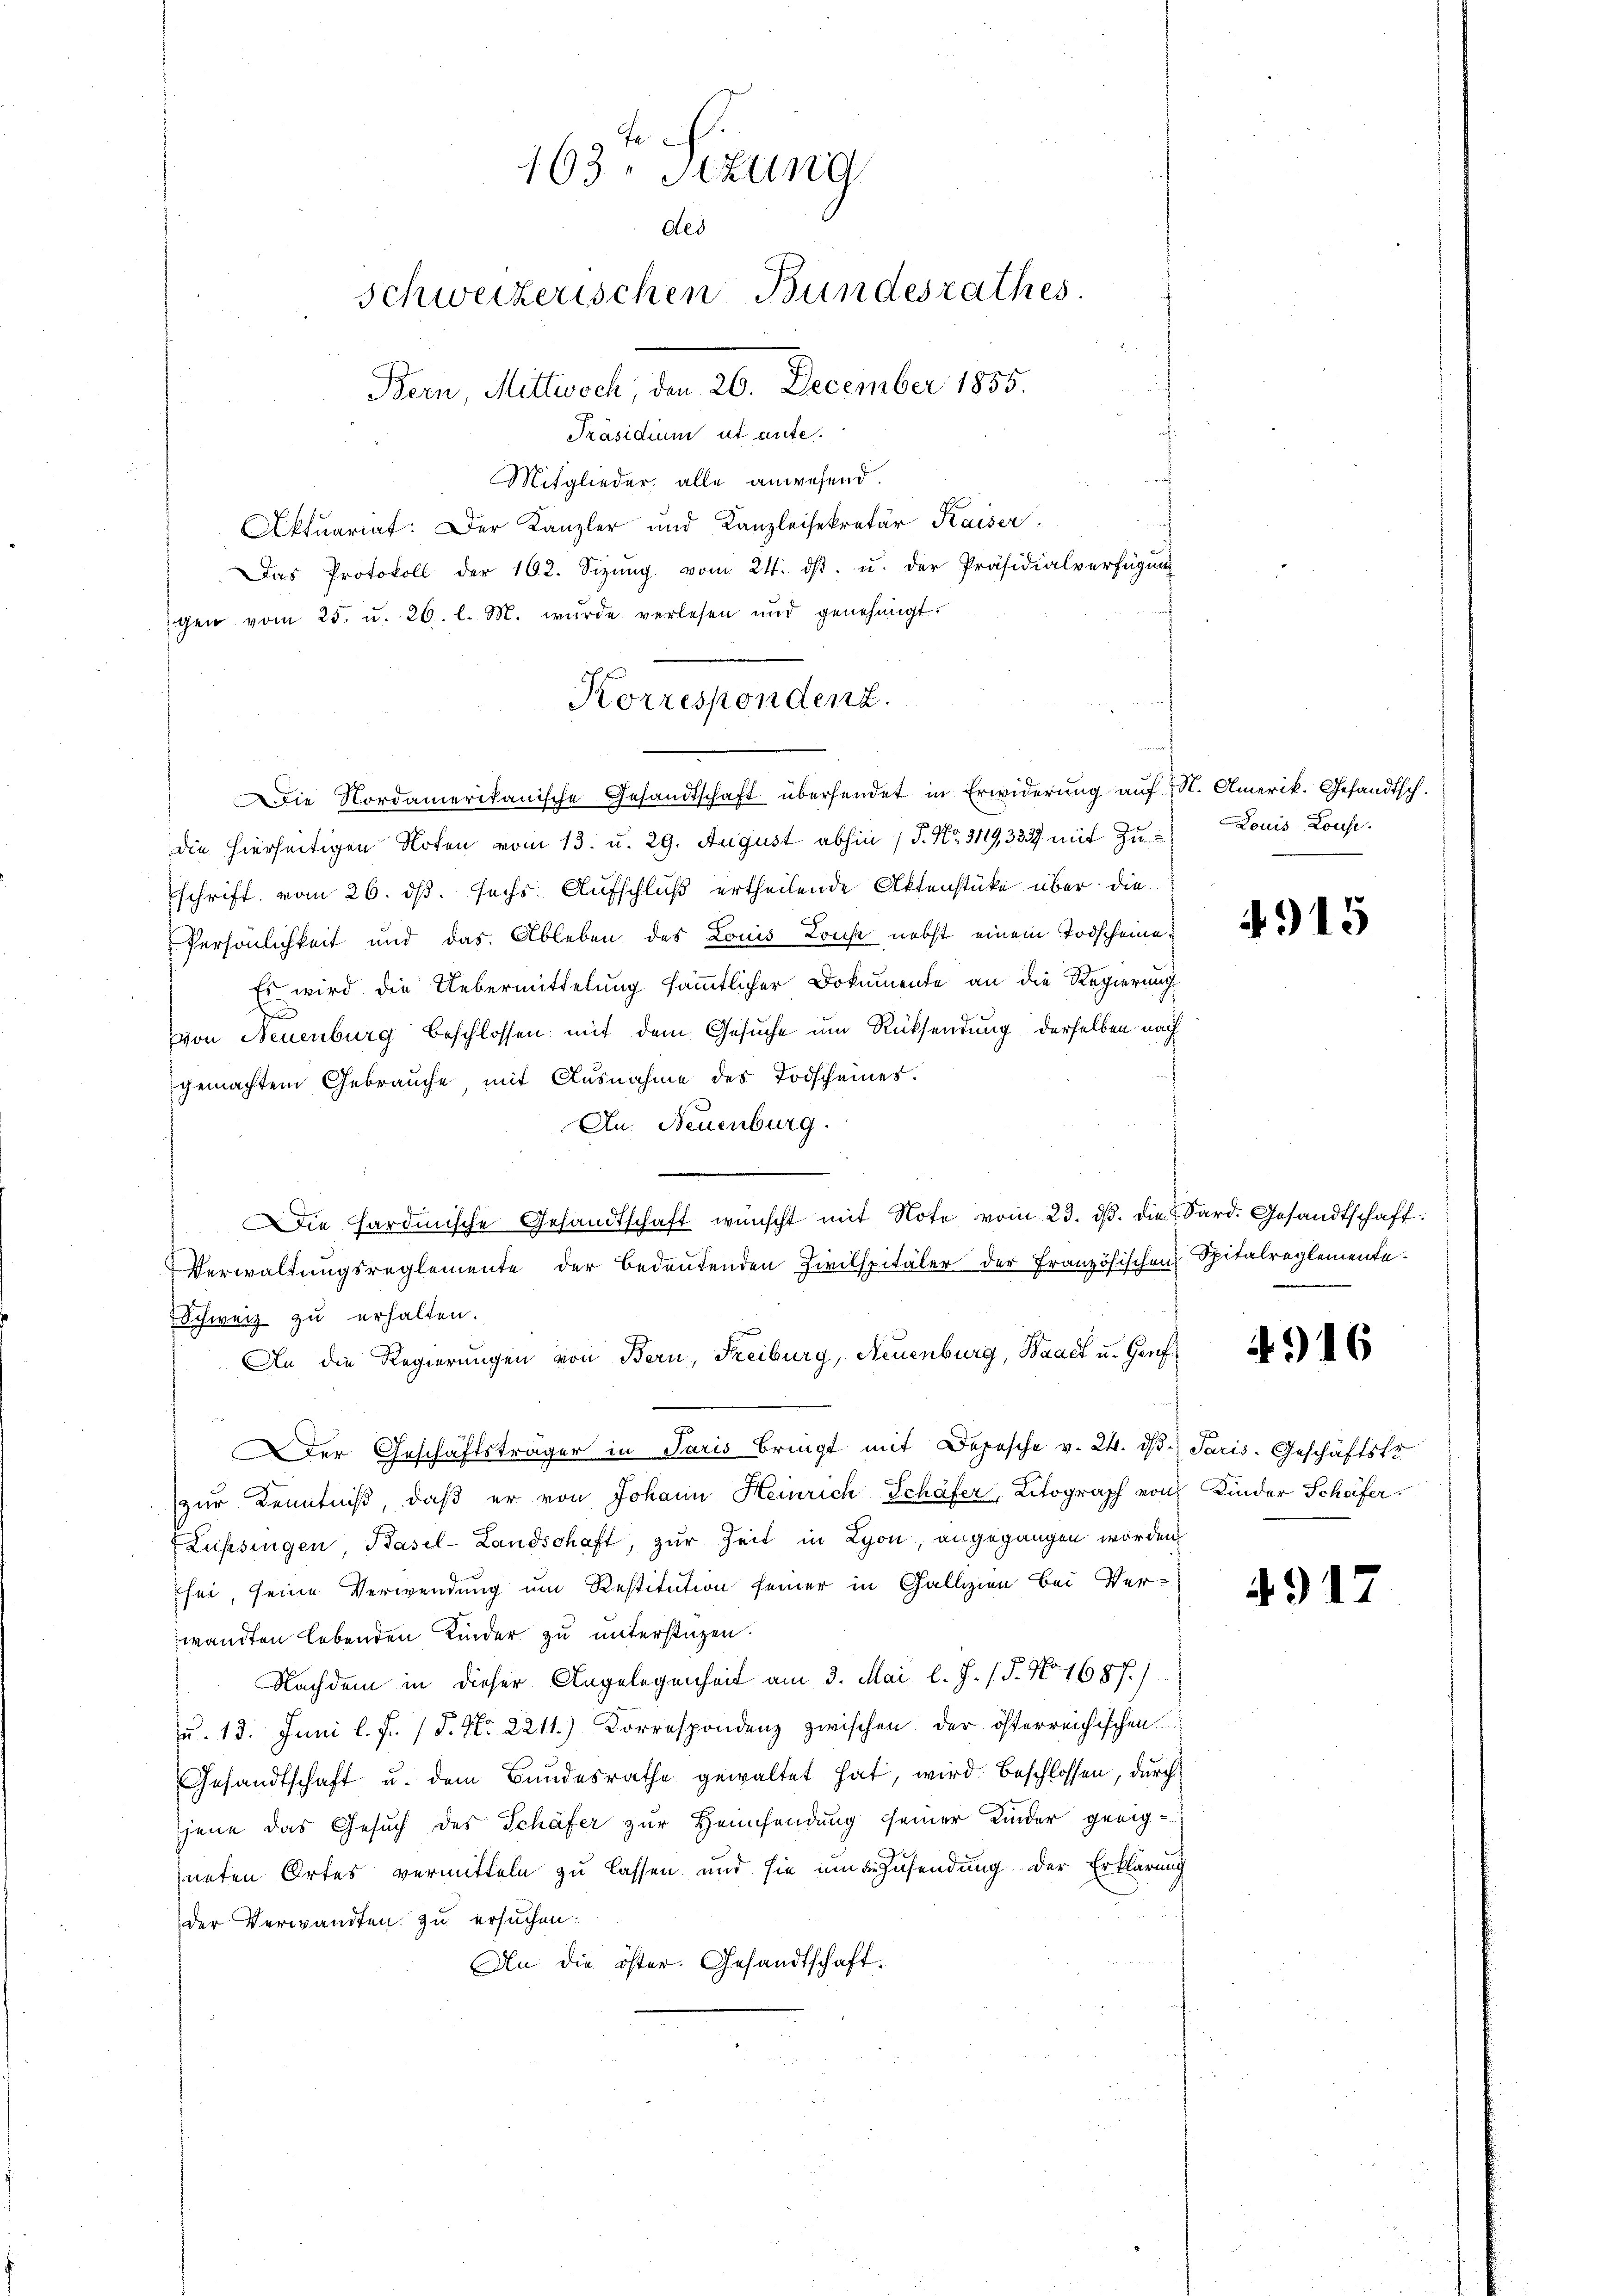
e
163. Sitzung
des
schweizerischen Bundesrathes.
Bern, Mittwoch 26. December 1855.
Präsidium ut aute.

Mitglieder, alle anwesend.
Aktuariat. Der Kanzler und Kanzleisekretär Kaiser
Das Protokoll der 102. Sizŭng vom 24. dβ. u. der Präsidialverfügŭng
gen vom 25. u. 26. l. M. wurde verlesen und genehmigt.
Die Nordamerikanische Gesandtschaft übersendet in Erwiderung auf S. Amerik. Gefandtsch.
die hierseitigen Noten vom 13. u. 29. August abhin / P. Nr. 3119,333 mit Zu- Louis Louse.
schrift vom 26. ds. sechs Aufschluß ertheilende Aktenstüke über die
Persönlichkeit und das Ableben des Louis Loise nebst einem Todscheine¬
Es wird die Uebermittelung sämmtlicher Dokumente an die Regierung
e
von Neuenburg beschlossen mit dem Gesuche um Rücksendung derselben nach
gemachtem Gebrauche, mit Ausnahme des Todscheines.
An Neuenburg.
Die Hardmische Gesandtschaft wünscht mit Note vom 23. ds. die Sard. Gesandtschaft:
Verwaltungsreglemente der bedeutenden Zivilspitäler der Französischen Spitalreglemente¬
Schweiz zu erhalten.
An die Regierungen von Bern, Freiburg, Neuenburg, Waadt u. Genf
Der Geschäftsträger in Paris bringt mit Depesche v. 24. dβ. Paris. Geschäftstr
zŭr Kenntniβ, daβ er von Johann Heinrich Schäfer, Litograph von Kinder Schöfer
Zupsingen, Basel-Landschaft, zur Zeit in Lyon, angegangen worden,
sei, seine Verwendung um Restitution seiner in Gallizien bei Ver-
wandten lebenden Kinder zu unterstüzen.
Nachdem in dieser Angelegenheit am 3. Mai l. J. (T. No. 1687.)
u. 13. Juni l. J. P. Nr. 2211.) Correspondenz zwischen der österreichischen
Gesandtschaft u. dem Bundesrathe gewaltet hat, wird beschlossen, durch
jene das Gesuch des Schäfer zur Heimsendung seiner Kinder geeig-
neten Ortes vermitteln zu lassen und sie und Zusendung der Erklärung
der Verwandten zu ersuchen.
An die öster. Gesandtschaft.

Korrespondenz.

4915

4916

4917